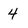
Character: 4